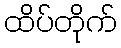
ထိပ်တိုက်